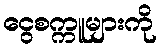
ငွေစက္ကူများကို